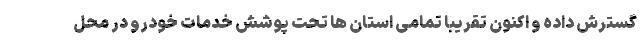
گسترش داده و اکنون تقریبا تمامی استان ها تحت پوشش خدمات خودرو در محل